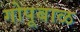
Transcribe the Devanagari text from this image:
गोपूबाळ